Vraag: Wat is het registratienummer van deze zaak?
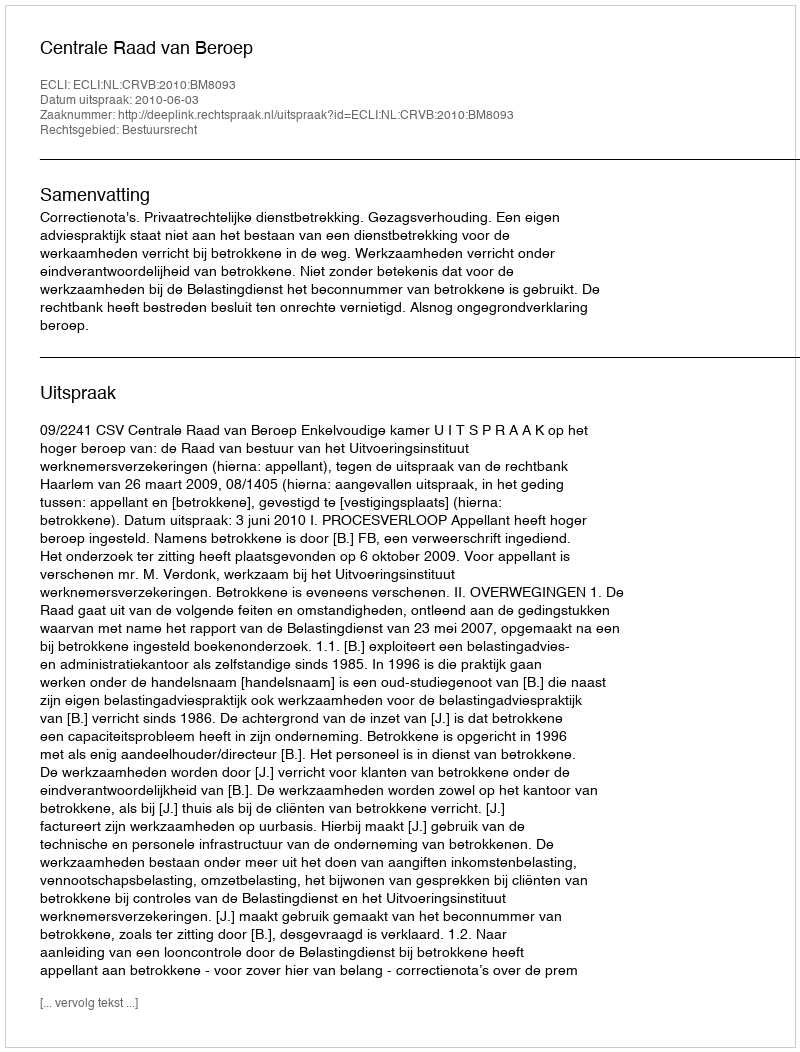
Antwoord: http://deeplink.rechtspraak.nl/uitspraak?id=ECLI:NL:CRVB:2010:BM8093